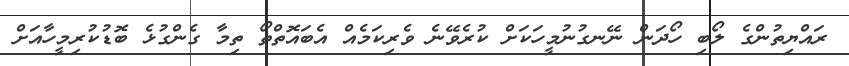
ރައްޔިތުންގެ ލޯބި ހޯދަން ނޭނގުނުމީހަކަށް ކުރެވޭނެ ވެރިކަމެއް އެބައޮތްތޯ ތިމާ ގެންގުޅެ ބޮޑުކުރިމީހާއަށް